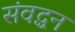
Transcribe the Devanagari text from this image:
संवद्धन